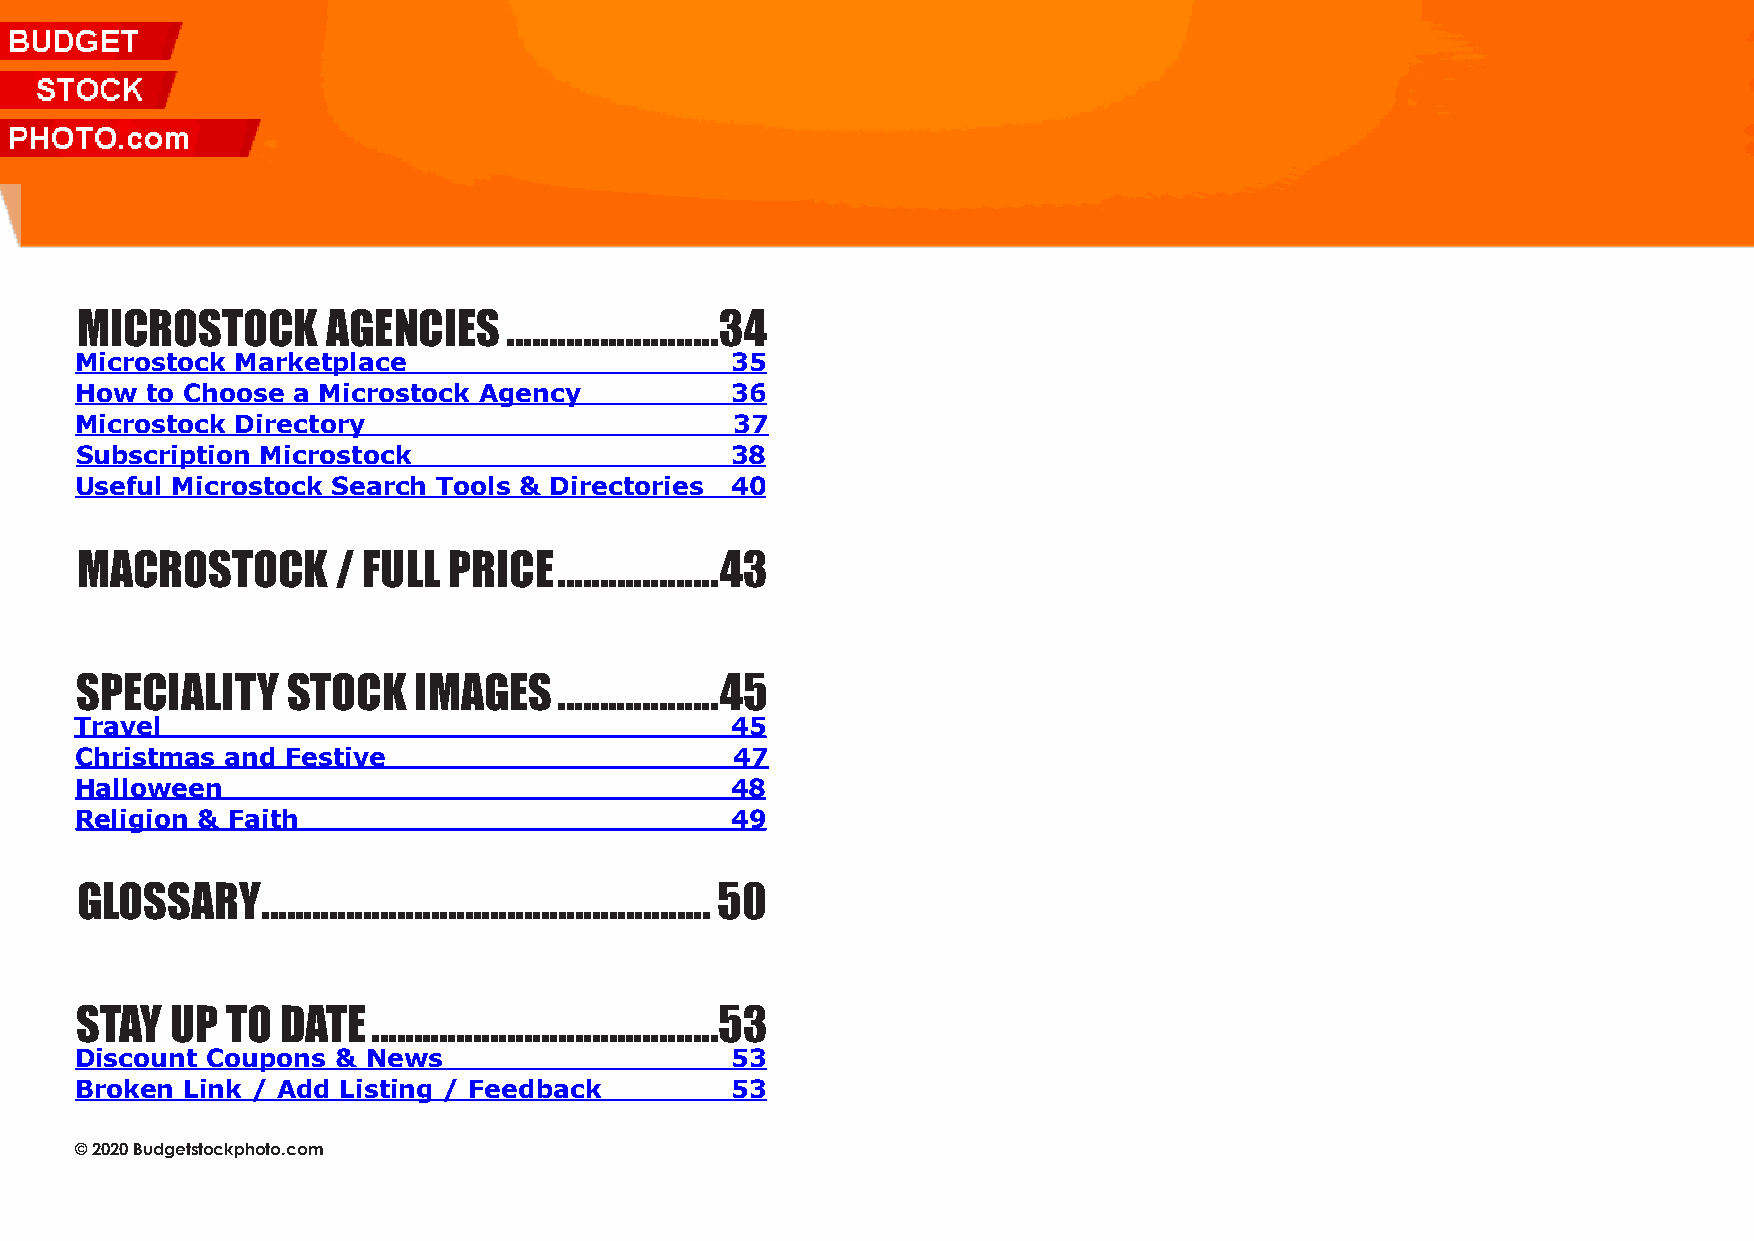
BudgetStockPhoto.com 2020 Stock Photo Resource Book| 3
 mICRostoCk       agenCIes    .........................34
 Microstock Marketplace                     35
 How  to Choose a Microstock Agency         36
 Microstock Directory                        37
 Subscription Microstock                    38
 Useful Microstock Search Tools & Directories 40
 maCRostoCk       / FUll  pRICe  ...................43
 speCIalIty    stoCk   Images    ...................45
 Travel                                     45
 Christmas and Festive                       47
 Halloween                                  48
 Religion & Faith                           49
 glossaRy    ..................................................... 50
 stay  Up  to  Date  .........................................53
 Discount Coupons & News                    53
 Broken Link / Add Listing / Feedback       53
 © 2020 Budgetstockphoto.com